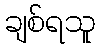
ချစ်ရသူ